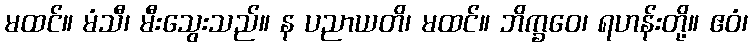
မထင်။ မံသီ၊ မီးသွေးသည်။ န ပညာယတိ၊ မထင်။ ဘိက္ခဝေ၊ ရဟန်းတို့။ ဧဝံ၊